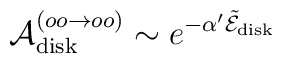
\ {\cal A}_{\rm disk}^{(oo\rightarrow oo)} \sim e^{- \alpha^\prime{ \tilde{\cal E}}_{\rm disk}   }\